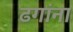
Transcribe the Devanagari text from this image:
ढगांना